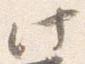
此